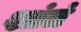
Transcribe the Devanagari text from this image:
शांतं